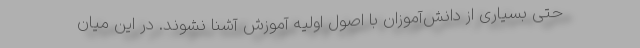
حتی بسیاری از دانش‌آموزان با اصول اولیه آموزش آشنا نشوند. در این میان